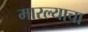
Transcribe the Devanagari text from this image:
मारल्याचा